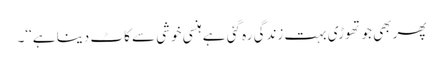
پھر بھی جو تھوڑی بہت زندگی رہ گئی ہے ہنسی خوشی سے کاٹ دینا ہے‘‘۔